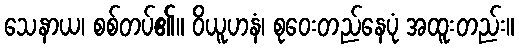
သေနာယ၊ စစ်တပ်၏။ ဝိယူဟနံ၊ စုဝေးတည်နေပုံ အထူးတည်း။